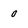
Character: 0